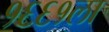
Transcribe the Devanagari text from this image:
१६६१ला